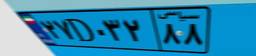
۲۷D۰۳۲۸۸